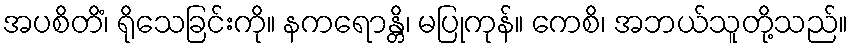
အပစိတိံ၊ ရိုသေခြင်းကို။ နကရောန္တိ၊ မပြုကုန်။ ကေစိ၊ အဘယ်သူတို့သည်။